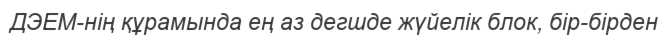
ДЭЕМ-нің құрамында ең аз дегшде жүйелік блок, бір-бірден